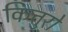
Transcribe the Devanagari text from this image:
कित्तुरो